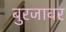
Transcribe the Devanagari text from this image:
बुरजावर